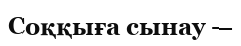
Соққыға сынау —